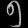
Digit: ၅